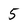
Character: 5